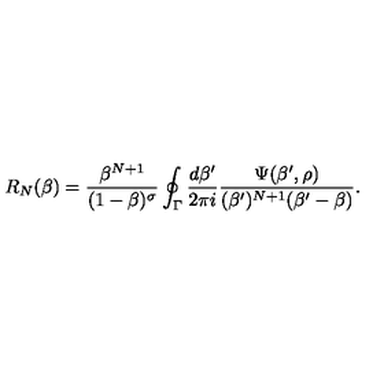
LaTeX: R _ { N } ( \beta ) = { \frac { \beta ^ { N + 1 } } { ( 1 - \beta ) ^ { \sigma } } } \oint _ { \Gamma } { \frac { d \beta ^ { \prime } } { 2 \pi i } } { \frac { \Psi ( \beta ^ { \prime } , \rho ) } { ( \beta ^ { \prime } ) ^ { N + 1 } ( \beta ^ { \prime } - \beta ) } } .